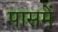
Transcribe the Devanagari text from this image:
पासमें